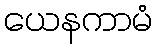
ယေနကာမံ